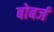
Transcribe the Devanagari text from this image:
बोबर्ज